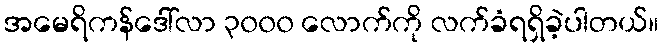
အမေရိကန်ဒေါ်လာ ၃၀၀၀ လောက်ကို လက်ခံရရှိခဲ့ပါတယ်။